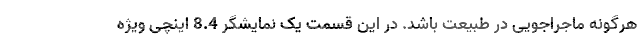
هرگونه ماجراجویی در طبیعت باشد. در این قسمت یک نمایشگر 8.4 اینچی ویژه